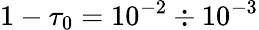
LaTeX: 1-\tau_{0}=10^{-2}\div 10^{-3}